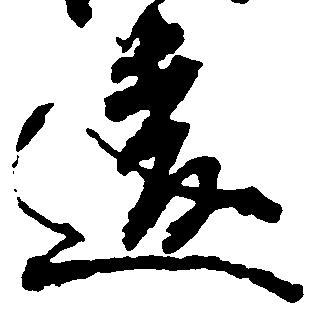
違